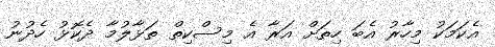
އެކަމަކު މިހާރު އެބަ ހިތަށް އަރާ އެ މިސްކިތް ތަޅާލުމާ ދެކޮޅު ހެދުނު